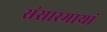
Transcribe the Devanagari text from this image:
संसारमायां